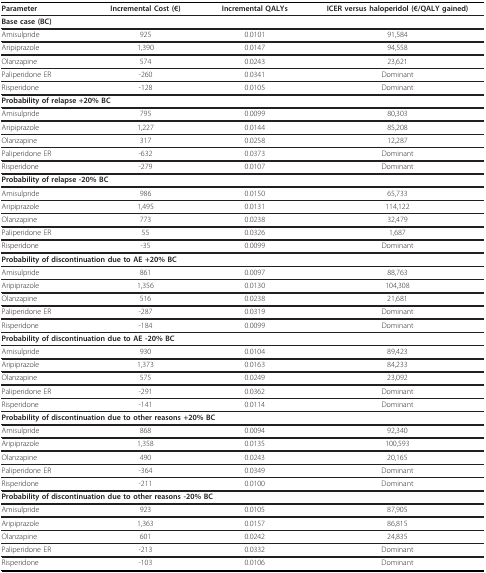
<table><thead><tr><td><b>Parameter</b></td><td><b>Incremental Cost (€)</b></td><td><b>Incremental QALYs</b></td><td><b>ICER versus haloperidol (€/QALY gained)</b></td></tr></thead><tbody><tr><td><b>Base case (BC)</b></td><td></td><td></td><td></td></tr><tr><td>Amisulpride</td><td>925</td><td>0.0101</td><td>91,584</td></tr><tr><td>Aripiprazole</td><td>1,390</td><td>0.0147</td><td>94,558</td></tr><tr><td>Olanzapine</td><td>574</td><td>0.0243</td><td>23,621</td></tr><tr><td>Paliperidone ER</td><td>-260</td><td>0.0341</td><td>Dominant</td></tr><tr><td>Risperidone</td><td>-128</td><td>0.0105</td><td>Dominant</td></tr><tr><td colspan="2"><b>Probability of relapse +20% BC</b></td><td></td><td></td></tr><tr><td>Amisulpride</td><td>795</td><td>0.0099</td><td>80,303</td></tr><tr><td>Aripiprazole</td><td>1,227</td><td>0.0144</td><td>85,208</td></tr><tr><td>Olanzapine</td><td>317</td><td>0.0258</td><td>12,287</td></tr><tr><td>Paliperidone ER</td><td>-632</td><td>0.0373</td><td>Dominant</td></tr><tr><td>Risperidone</td><td>-279</td><td>0.0107</td><td>Dominant</td></tr><tr><td colspan="2"><b>Probability of relapse -20% BC</b></td><td></td><td></td></tr><tr><td>Amisulpride</td><td>986</td><td>0.0150</td><td>65,733</td></tr><tr><td>Aripiprazole</td><td>1,495</td><td>0.0131</td><td>114,122</td></tr><tr><td>Olanzapine</td><td>773</td><td>0.0238</td><td>32,479</td></tr><tr><td>Paliperidone ER</td><td>55</td><td>0.0326</td><td>1,687</td></tr><tr><td>Risperidone</td><td>-35</td><td>0.0099</td><td>Dominant</td></tr><tr><td colspan="3"><b>Probability of discontinuation due to AE +20% BC</b></td><td></td></tr><tr><td>Amisulpride</td><td>861</td><td>0.0097</td><td>88,763</td></tr><tr><td>Aripiprazole</td><td>1,356</td><td>0.0130</td><td>104,308</td></tr><tr><td>Olanzapine</td><td>516</td><td>0.0238</td><td>21,681</td></tr><tr><td>Paliperidone ER</td><td>-287</td><td>0.0319</td><td>Dominant</td></tr><tr><td>Risperidone</td><td>-184</td><td>0.0099</td><td>Dominant</td></tr><tr><td colspan="3"><b>Probability of discontinuation due to AE -20% BC</b></td><td></td></tr><tr><td>Amisulpride</td><td>930</td><td>0.0104</td><td>89,423</td></tr><tr><td>Aripiprazole</td><td>1,373</td><td>0.0163</td><td>84,233</td></tr><tr><td>Olanzapine</td><td>575</td><td>0.0249</td><td>23,092</td></tr><tr><td>Paliperidone ER</td><td>-291</td><td>0.0362</td><td>Dominant</td></tr><tr><td>Risperidone</td><td>-141</td><td>0.0114</td><td>Dominant</td></tr><tr><td colspan="4"><b>Probability of discontinuation due to other reasons +20% BC</b></td></tr><tr><td>Amisulpride</td><td>868</td><td>0.0094</td><td>92,340</td></tr><tr><td>Aripiprazole</td><td>1,358</td><td>0.0135</td><td>100,593</td></tr><tr><td>Olanzapine</td><td>490</td><td>0.0243</td><td>20,165</td></tr><tr><td>Paliperidone ER</td><td>-364</td><td>0.0349</td><td>Dominant</td></tr><tr><td>Risperidone</td><td>-211</td><td>0.0100</td><td>Dominant</td></tr><tr><td colspan="3"><b>Probability of discontinuation due to other reasons -20% BC</b></td><td></td></tr><tr><td>Amisulpride</td><td>923</td><td>0.0105</td><td>87,905</td></tr><tr><td>Aripiprazole</td><td>1,363</td><td>0.0157</td><td>86,815</td></tr><tr><td>Olanzapine</td><td>601</td><td>0.0242</td><td>24,835</td></tr><tr><td>Paliperidone ER</td><td>-213</td><td>0.0332</td><td>Dominant</td></tr><tr><td>Risperidone</td><td>-103</td><td>0.0106</td><td>Dominant</td></tr></tbody></table>